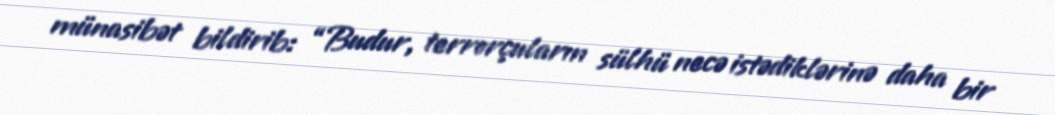
münasibət bildirib: “Budur, terrorçuların sülhü necə istədiklərinə daha bir